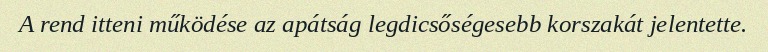
A rend itteni működése az apátság legdicsőségesebb korszakát jelentette.